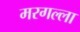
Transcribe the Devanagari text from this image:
मरगल्ला